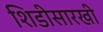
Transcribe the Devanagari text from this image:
शिडीसारखी